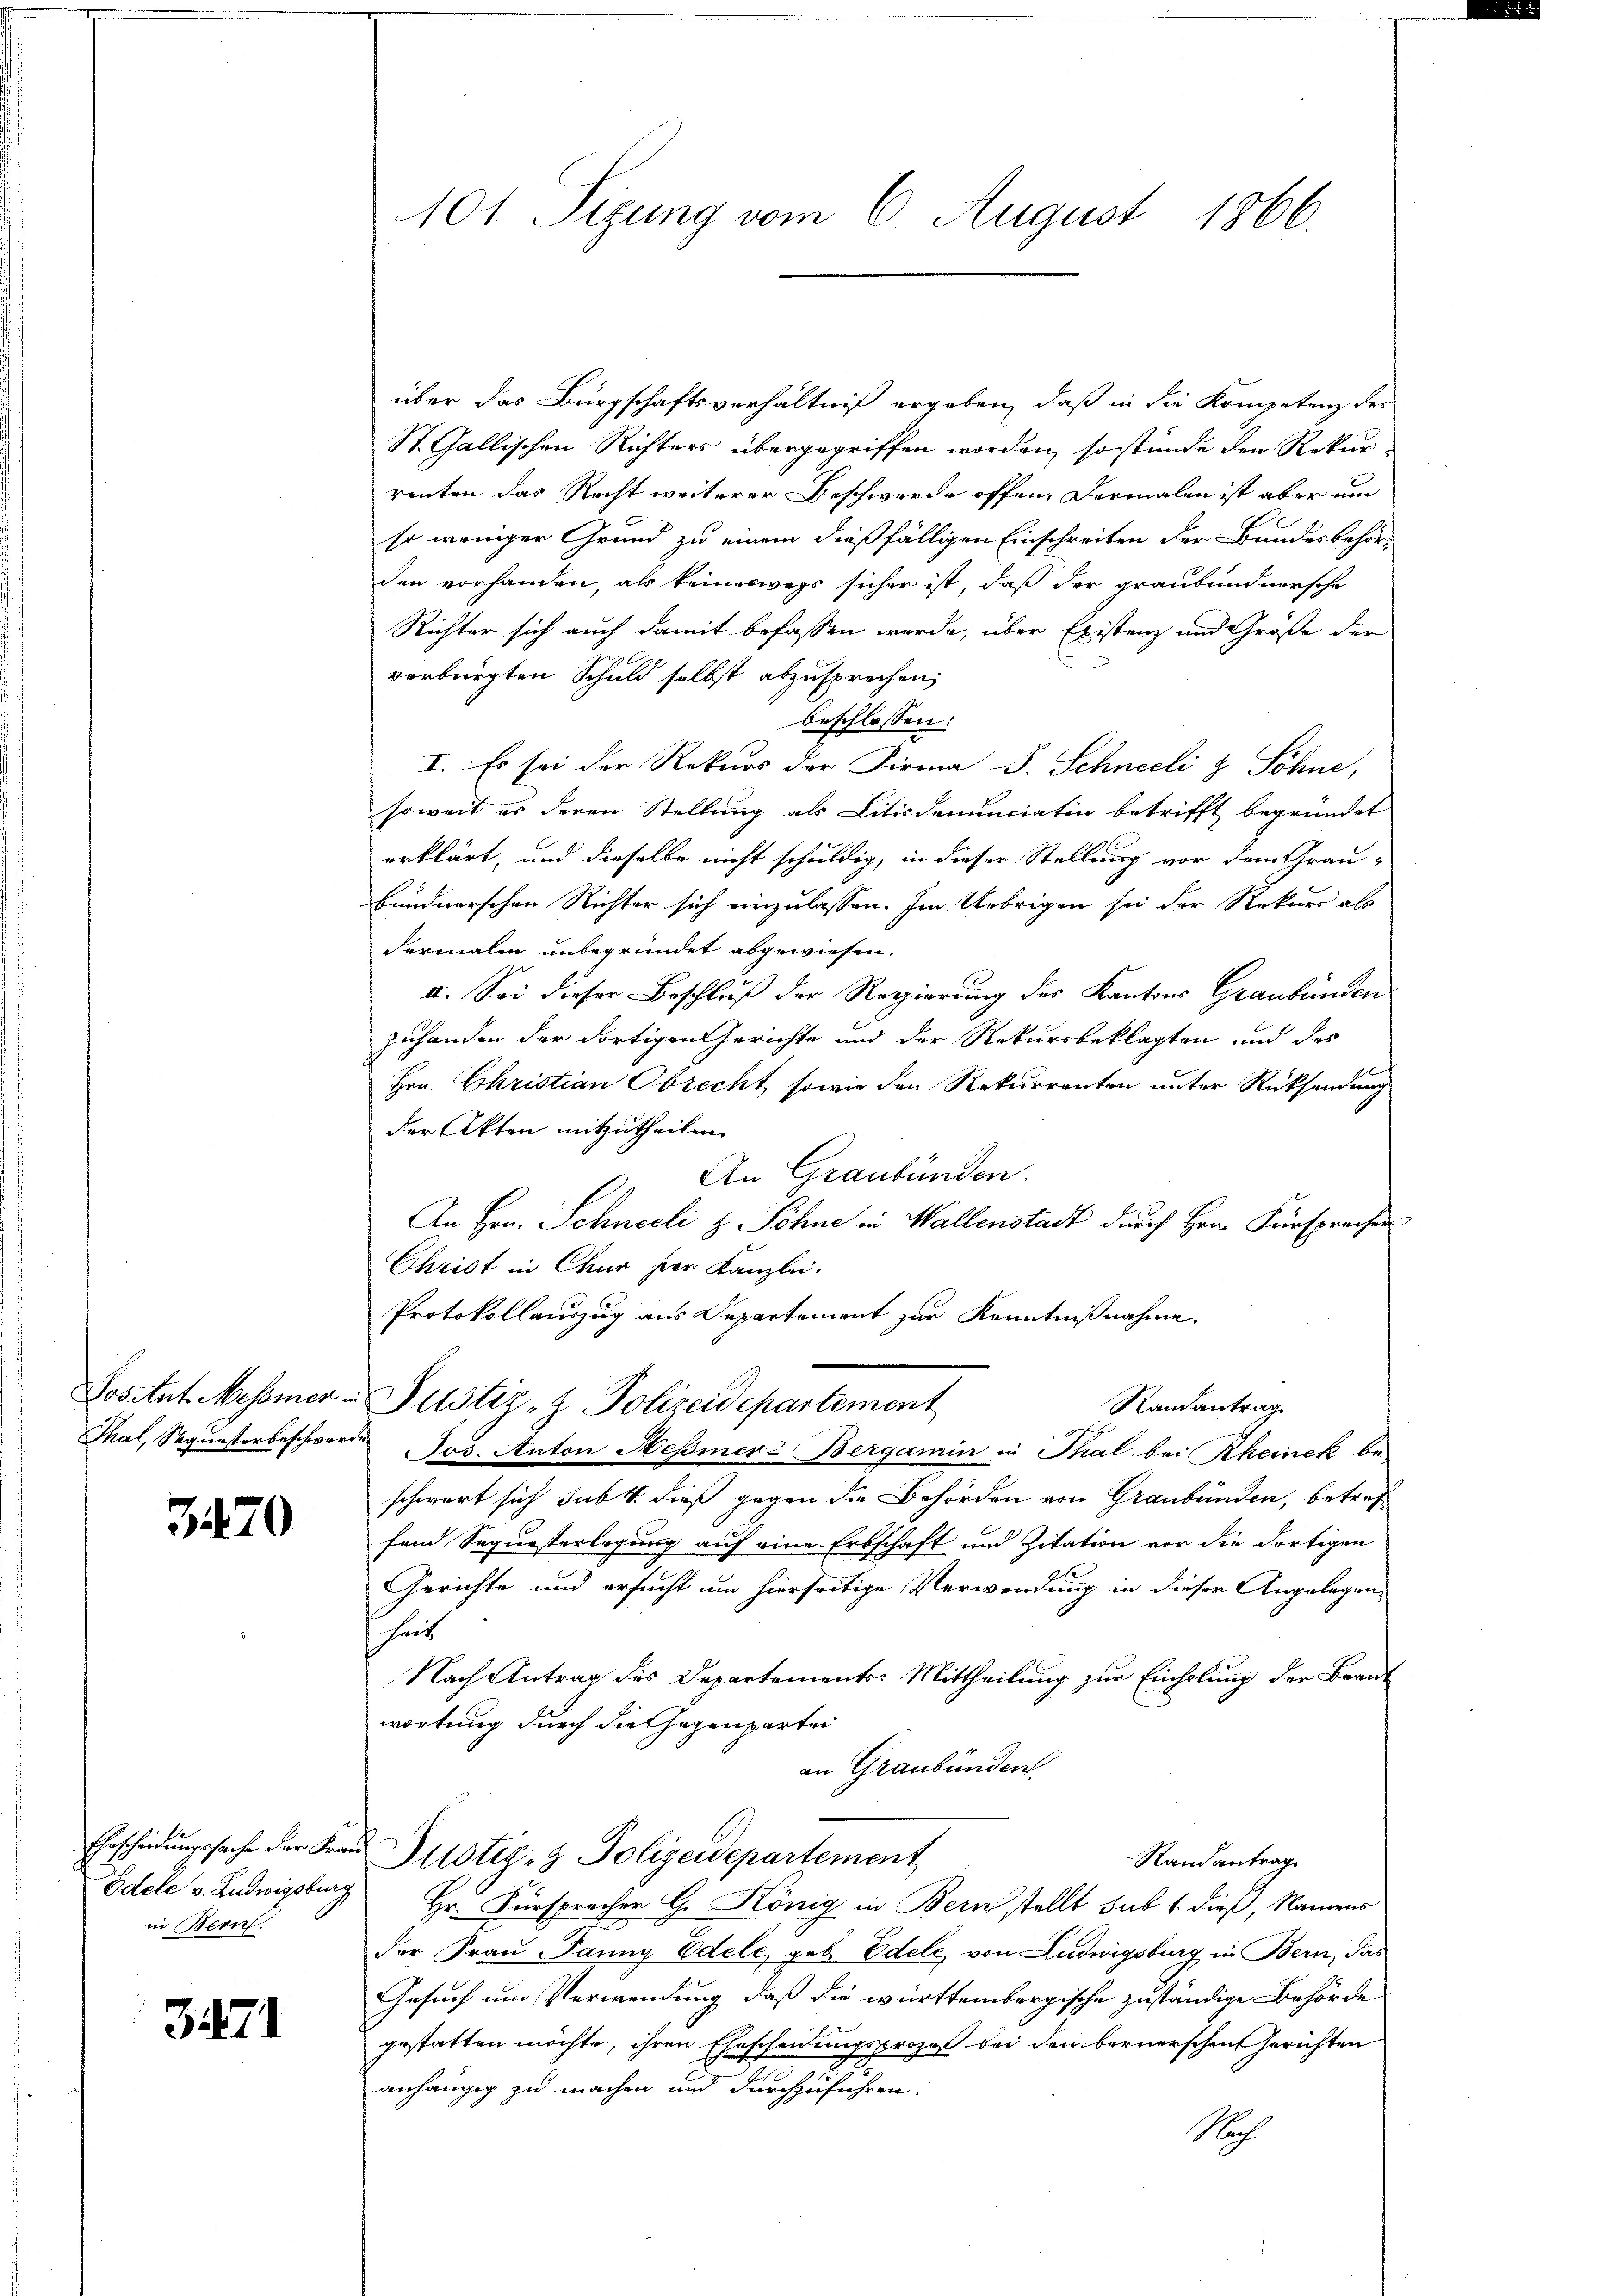
Vosant Messner in
Thal, Segunstorbeschwerde.

3470

Ehrscheidungssache der Kran
Edele v. Ludwigsburg
in Bern.

3471

101 Sizung vom 6. August 1866.

über das Bürgschaftsverhältniß ergeben, daß in die Kompetenz des
St. Gallischen Richters übergegriffen worden, so stünde den Rekurrenten das Recht weiterer Beschwerde offen, dermalen ist aber um
so weniger Grund zu einem dießfälligen Einschreiben der Bundesbehör-
den vorhanden, als keineswegs sicher ist, daß der graubündnersche
Richter sich auch damit befassen werde, über Existenz und Größe der
verbürgten Schuld selbst abzusprechen,
beschlossen:
I. Es sei der Rekurs der Firma J. Schneeli & Söhne,
soweit es deren Stellung als Litisdenunciatin betrifft begründet
erklärt, und dieselbe nicht schuldig, in dieser Stellung vor dem Grau-
bundnerschen Richter sich einzulassen. Im Uebrigen sei der Rekurs als
dermalen unbegründet abgewiesen.
II. Sei dieser Beschluß der Regierung des Kantons Graubünden
zuhanden der dortigen Gerichte und der Rekursbeklagten und des
Hrn. Christian Obrecht, sowie den Rekurrenten unter Rücksendung
der Akten mitzutheilen.
An Graubünden.
An Hrn. Schneeli z. Söhne in Wallenstadt durch Hrn. Fürsprachen
Christ in Chur hier Kanzlei.
Protokollauszug aus Departement zur Kenntnißnahme.
Randantrag
Justiz- & Polizeidepartement
Jos. Anton Messner Bergamin in Thal bei Rheinek be-
schwert sich sub b. dieß gegen die Behörden von Graubünden, betref
fand Segursterlegung auf eine Erbschaft und Zitation vor die dortigen
2f
Gerichte und ersucht um hierseitige Verwendung in dieser Angelegenhut
Nach Antrag des Departements-Mittheilung zur Einholung der Brant
wortung durch die Herzenpartei
an Graubünden
Justiz- & Polizeidepartement
Stand antrag
Hr. Fürspracher G. König in Bern stellt sub 1. dieß, Namens
der Frau Panny Edele, geb. Edele, von Ludwigsburg in Bern, das
Gesuch um Verwendung, daß die württembergische zuständige Behörde
gestatten möchte, ihren Ehescheidungsprozeß bei den bernerschen Gerichten
anhängig zu machen und durchzuführen.
Nach